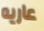
عاريه